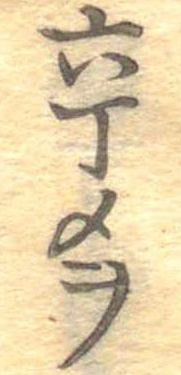
六丁メヲ